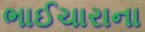
ભાઈચારાના